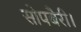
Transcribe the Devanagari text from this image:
सोपबैरी।